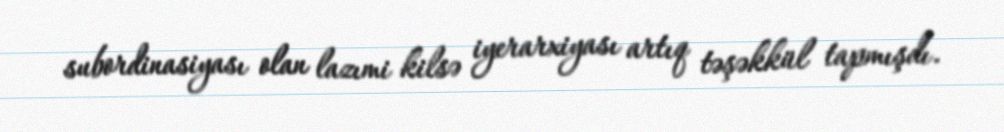
subordinasiyası olan lazımi kilsə iyerarxiyası artıq təşəkkül tapmışdı.